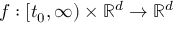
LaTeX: f : [ t _ { 0 } , \infty ) \times \mathbb { R } ^ { d } \to \mathbb { R } ^ { d }